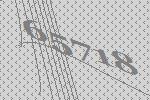
65718